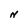
Character: N